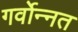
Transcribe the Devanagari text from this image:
गर्वोन्‍नत